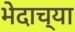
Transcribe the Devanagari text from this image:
भेदाच्या